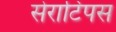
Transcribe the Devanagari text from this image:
सेराटिपस